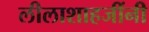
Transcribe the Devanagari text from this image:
लीलाशाहजींनी